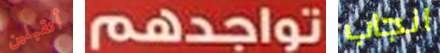
أتقبلين تواجدهم انجاب